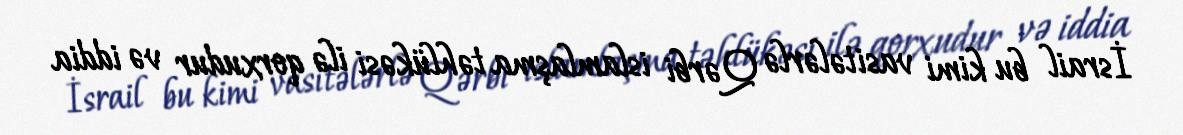
İsrail bu kimi vasitələrlə Qərbi islamlaşma təhlükəsi ilə qorxudur və iddia